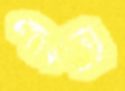
গ্রীস্মে